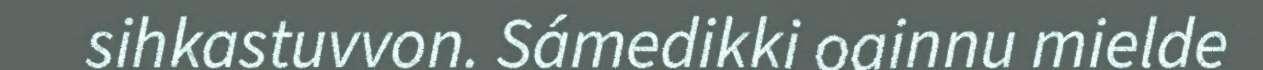
sihkastuvvon. Sámedikki oainnu mielde